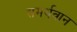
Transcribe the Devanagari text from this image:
समर्थवान